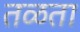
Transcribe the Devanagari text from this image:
तळता